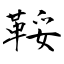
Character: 鞖